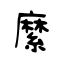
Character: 縻